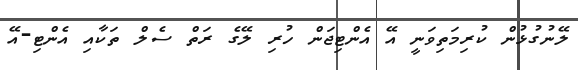
ލޭނުގުޅުން ކުރިމަތިވަނީ އޭ އެންޓިޖަން ހުރި ލޭގެ ރަތް ސެލް ތަކާއި އެންޓި-އޭ